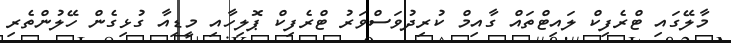
މާލޭގައި ޓްރެފިކް ލައިޓްތައް ގާއިމް ކުރިދުވަސްވަރު ޓްރެފިކް ޕޮލިހާއި މީޑިއާ ގުޅިގެން ހޭލުންތެރި